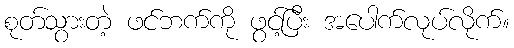
စုတ်သွားတဲ့ ဖင်ဘက်ကို ဖွင့်ပြီး အပေါက်လုပ်လိုက်။